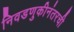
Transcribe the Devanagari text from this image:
निवडणुकीनंतरची